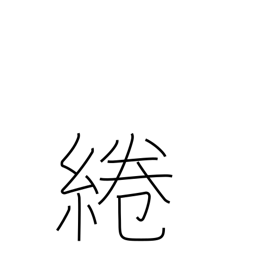
Meaning: attachment